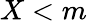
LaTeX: X<m